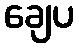
ချေပ